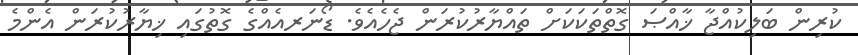
ކުރިން ބަލިކުއްޖާ ޚާއްޞަ ގޮތްތަކަކަށް ތައްޔާރުކުރަން ޖެހެއެވެ. ޑޯނަރއެއްގެ ގޮތުގައި ޚިޔާރުކުރަން އެންމެ